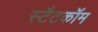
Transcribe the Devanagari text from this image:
स्टैटकॉम